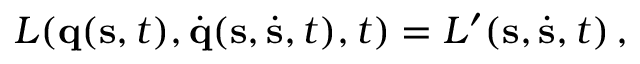
L ( \mathbf { q } ( \mathbf { s } , t ) , { \dot { \mathbf { q } } } ( \mathbf { s } , { \dot { \mathbf { s } } } , t ) , t ) = L ^ { \prime } ( \mathbf { s } , { \dot { \mathbf { s } } } , t ) \, ,